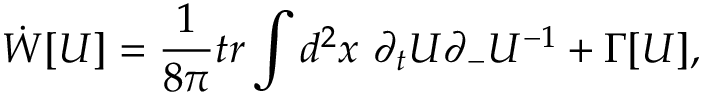
\dot { W } [ U ] = \frac { 1 } { 8 \pi } t r \int d ^ { 2 } x ~ \partial _ { t } U \partial _ { - } U ^ { - 1 } + \Gamma [ U ] ,